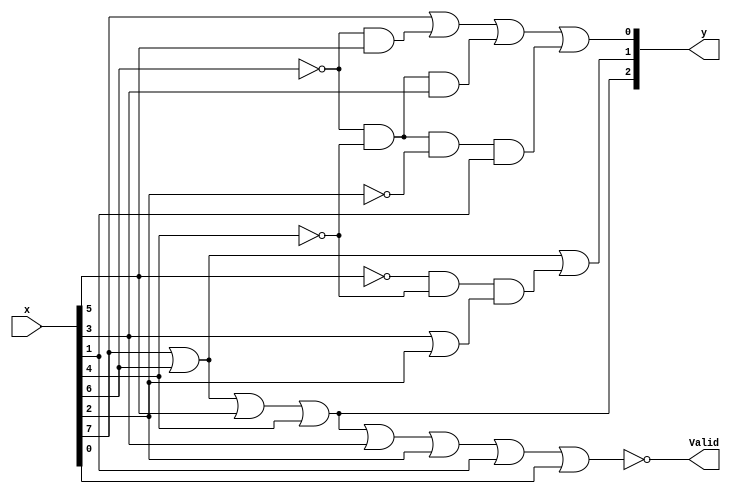
`timescale 1ns / 1ps
//////////////////////////////////////////////////////////////////////////////////
// Company:        Sun Yat-Sen Univ.
// 
// Design Name:    8-To-3 Priority Decoder
// Module Name:    PRI_8to3
// Project Name:   PRI_8to3
// Target Devices: 
// Tool versions: 
// Description: 
//
// Dependencies: 
//
// Revision: 
// Revision 0.01 - File Created
// Additional Comments: 
//
//////////////////////////////////////////////////////////////////////////////////
module PRI_8to3(input wire[7:0] x, output wire[2:0] y, output wire Valid);

  assign y[2] = x[7] | x[6] | x[5] | x[4];
  
  assign y[1] = x[7] | x[6] 
              | (~x[5] & ~x[4] & (x[3] | x[2]));
  
  assign y[0] = x[7]
              | (~x[6] & x[5])
              | (~x[6] & ~x[4] & x[3])
              | (~x[6] & ~x[4] & ~x[2] & x[1]);
  
  assign Valid = ~(x[7] | x[6] | x[5] | x[4] | x[3] | x[2] | x[1] | x[0]);

endmodule